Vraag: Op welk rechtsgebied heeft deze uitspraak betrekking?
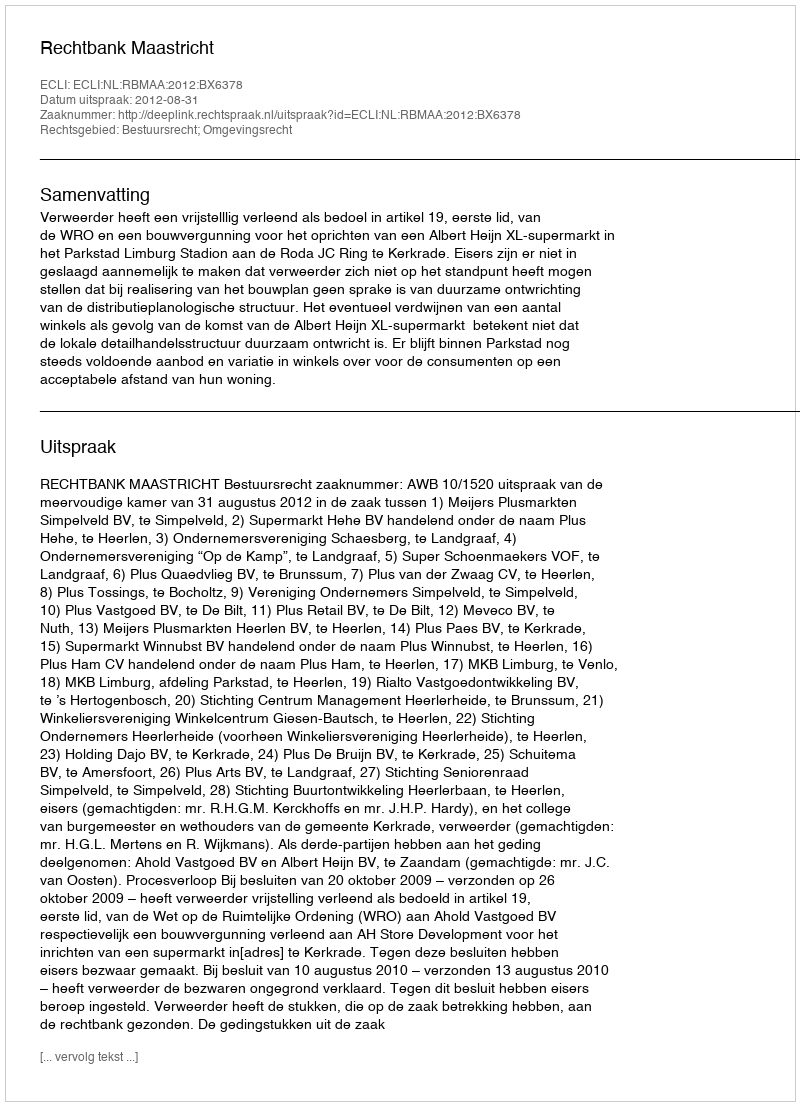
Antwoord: Bestuursrecht; Omgevingsrecht